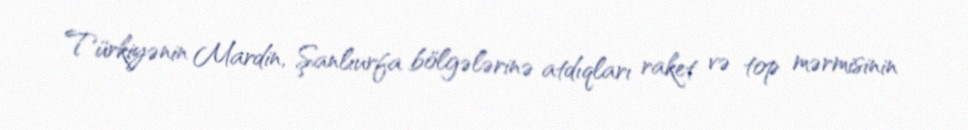
Türkiyənin Mardin, Şanlıurfa bölgələrinə atdıqları raket və top mərmisinin